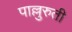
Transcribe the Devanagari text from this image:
पाल्लुरुती